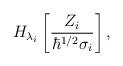
LaTeX: \begin{align*}H_{\lambda_{i}}\left[\frac{Z_{i}}{\hbar^{1/2}\sigma_{i}}\right],\end{align*}